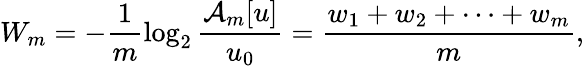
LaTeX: W_{m}=-\frac{1}{m}\log_{2}\frac{\mathcal{A}_{m}[u]}{u_{0}}=\frac{w_{1}+w_{2}+\cdots+w_{m}}{m},